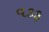
વકફ